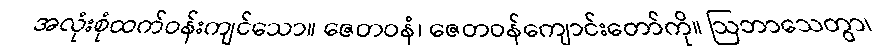
အလုံးစုံထက်ဝန်းကျင်သော။ ဇေတဝနံ၊ ဇေတဝန်ကျောင်းတော်ကို။ ဩဘာသေတွာ၊